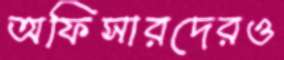
অফিসারদেরও